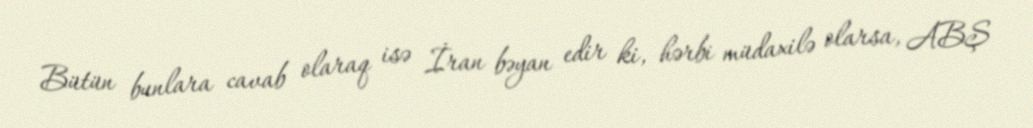
Bütün bunlara cavab olaraq isə İran bəyan edir ki, hərbi müdaxilə olarsa, ABŞ